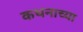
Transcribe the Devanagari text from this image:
कथनाच्या